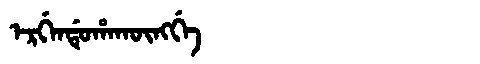
Manchu: ᡝᡵᡤᡝᠨᡩᡠᡥᠠᡴᡡᠩᡤᡝ
Romanization: ERGENDUHAKŪNGGE